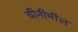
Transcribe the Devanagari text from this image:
चीनीमील